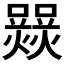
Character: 𤑽